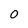
Character: 0